Riigikantselei, lk 14
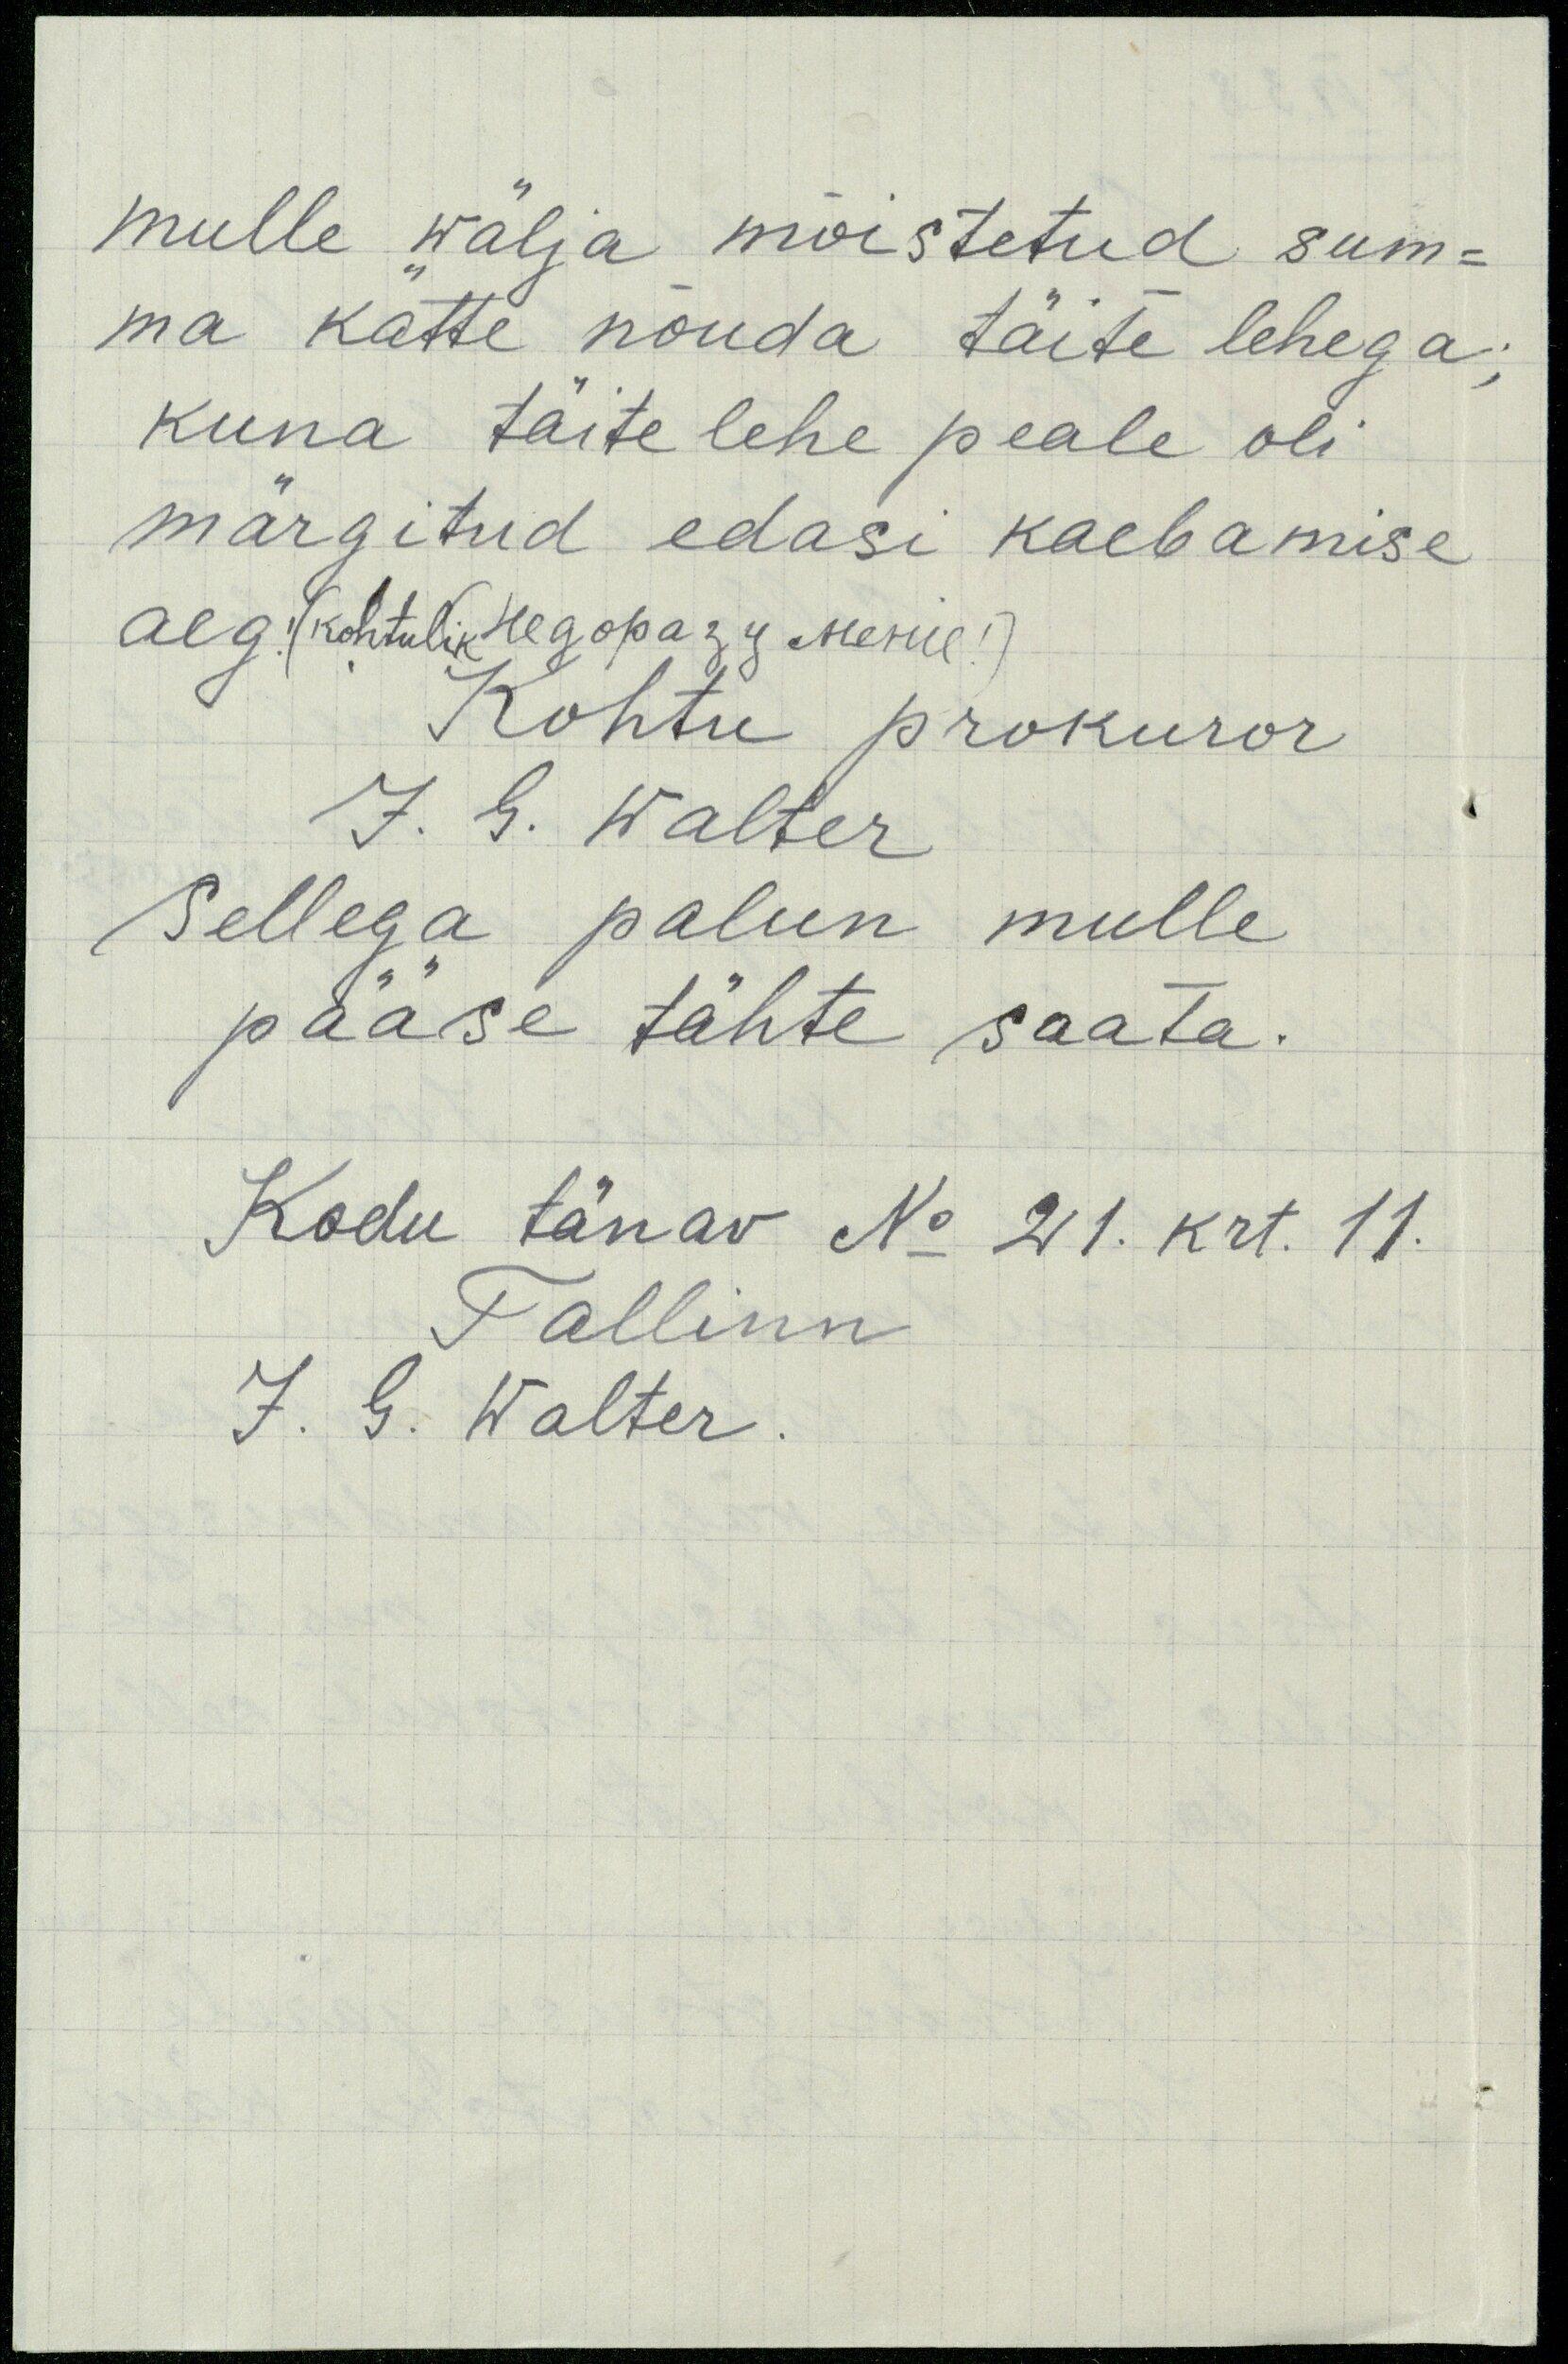
mulle wälja mõistetud sum-
ma kätte nõuda täite lehega,
kuna täitelehe peale oli
märgitud edasi kaebamise
aeg! (kohtulik Hegopa 3/4 Mesme !)
Kohtu prokuror
J. G. Walter
Sellega palun mulle
pääse tähte saata.
Kodu tänav No 21. krt. 11.
Tallinn
J. G. Walter.